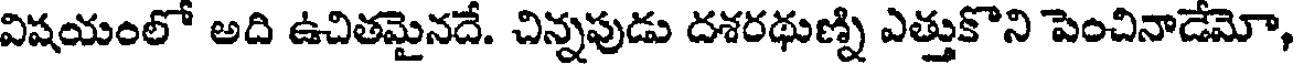
విషయంలో అది ఉచితమైనదే. చిన్నపుడు దశరథుణ్ని ఎత్తుకొని పెంచినాడేమో,